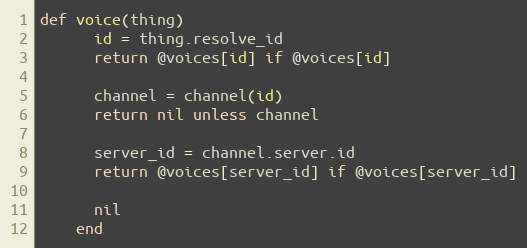
Language: Ruby
def voice(thing)
      id = thing.resolve_id
      return @voices[id] if @voices[id]

      channel = channel(id)
      return nil unless channel

      server_id = channel.server.id
      return @voices[server_id] if @voices[server_id]

      nil
    end